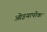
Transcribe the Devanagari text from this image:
ओइयापोक